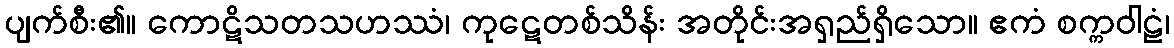
ပျက်စီး၏။ ကောဋိသတသဟဿံ၊ ကုဋေတစ်သိန်း အတိုင်းအရှည်ရှိသော။ ဧကံ စက္ကဝါဠံ၊